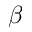
\beta